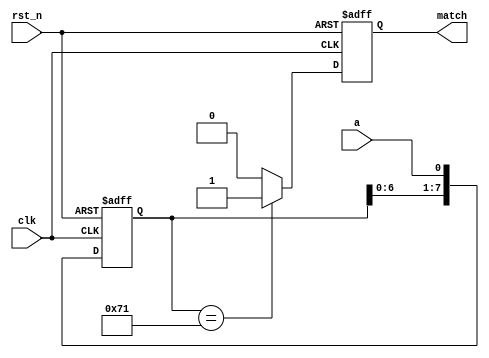
// ======================================================================
// Affiliation:			Tsinghua Univ
// Module Name:			sequence_detect
// Description:			sequence detect
// Additional Comments:	VL25 on nowcoder
// ======================================================================

`timescale 1ns/1ns

module sequence_detect (
	input	wire				rst_n,
	input	wire				clk,
	input	wire				a,
	output	wire				match
);

reg					match_reg;
reg		[7: 0]		seq;

assign	match  =  match_reg;

always @(posedge clk or negedge rst_n) begin
	if (~rst_n) begin
		match_reg <= 1'b0;
		seq <= 8'd0;
	end
	else begin
		seq <= {seq[6: 0], a};
		if (seq == 8'b01110001) begin
			match_reg <= 1'b1;
		end
		else begin
			match_reg <= 1'b0;
		end
	end
end

endmodule